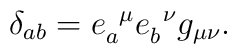
\delta_{ab} = e^{\;\;\mu}_{a} e^{\;\;\nu}_{b} g_{\mu\nu}.